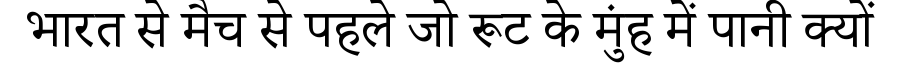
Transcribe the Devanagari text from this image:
भारत से मैच से पहले जो रूट के मुंह में पानी क्यों